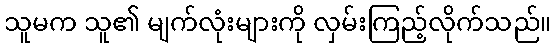
သူမက သူ၏ မျက်လုံးများကို လှမ်းကြည့်လိုက်သည်။